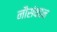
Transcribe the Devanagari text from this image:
नौसंवहन